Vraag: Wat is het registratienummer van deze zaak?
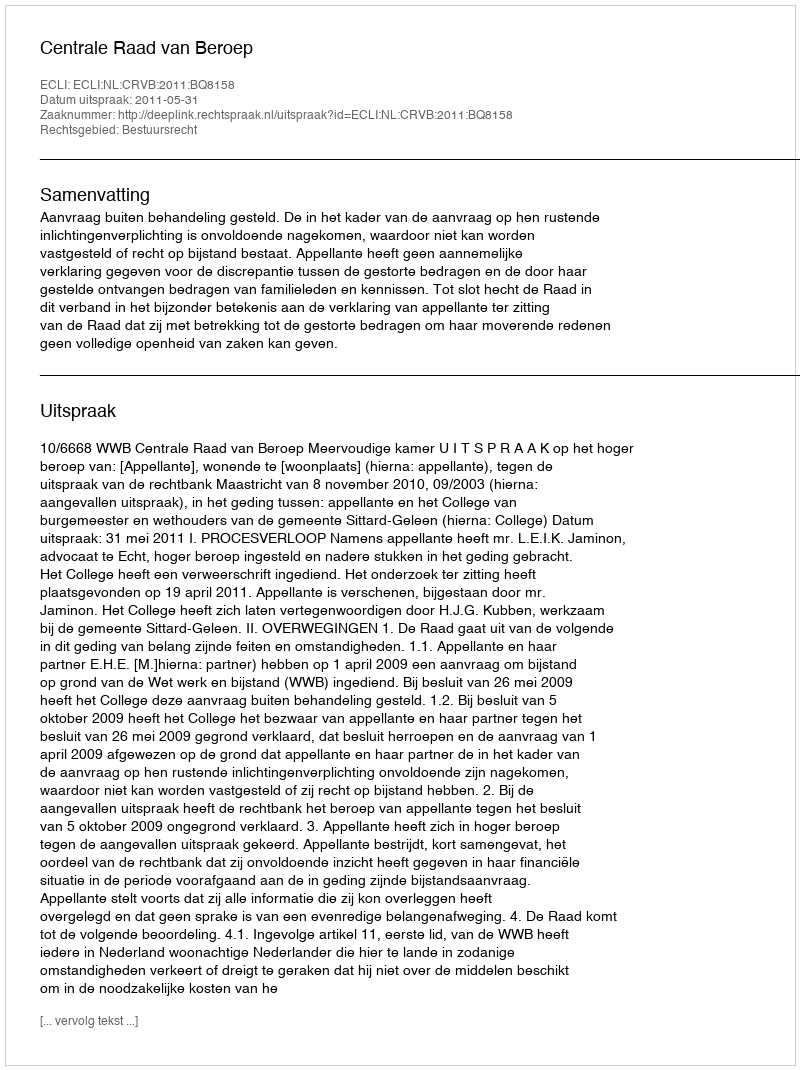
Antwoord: http://deeplink.rechtspraak.nl/uitspraak?id=ECLI:NL:CRVB:2011:BQ8158